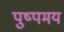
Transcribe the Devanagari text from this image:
पुष्पमय